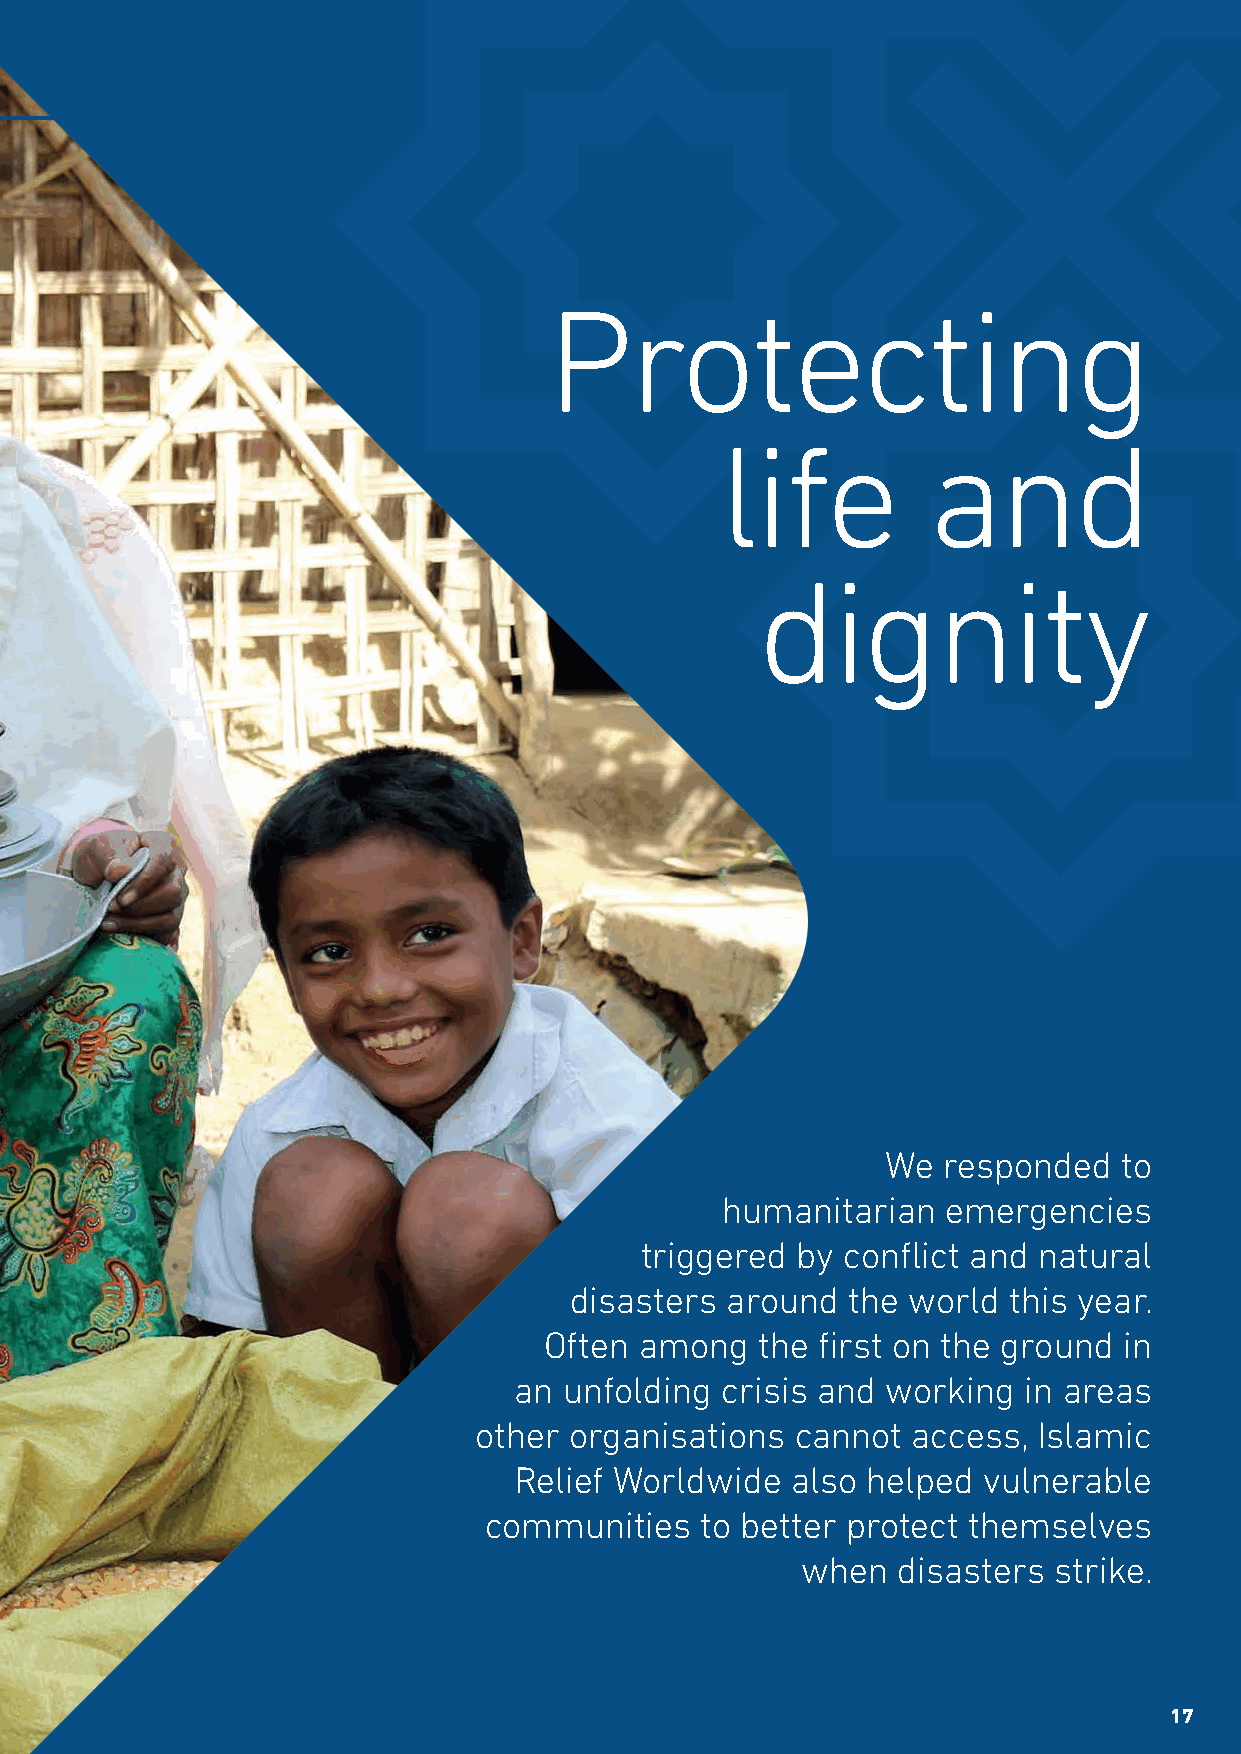
Protecting
 life         and
 dignity
 We responded   to
 humanitarian   emergencies
 triggered  by conflict and natural
 disasters around  the world  this year.
 Often among   the first on the ground in
 an unfolding  crisis and working  in areas
 other  organisations  cannot access,  Islamic
 Relief Worldwide  also helped  vulnerable
 communities   to better protect themselves
 when  disasters  strike.
 17